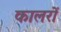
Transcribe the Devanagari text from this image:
कालरों